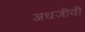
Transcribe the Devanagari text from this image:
अधजीवी